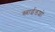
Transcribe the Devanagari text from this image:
स्लाईडशो